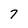
Character: 7